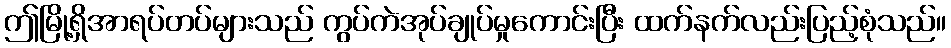
ဤမြို့ရှိအာရပ်တပ်များသည် ကွပ်ကဲအုပ်ချုပ်မှုကောင်းပြီး ထက်နက်လည်းပြည့်စုံသည်။